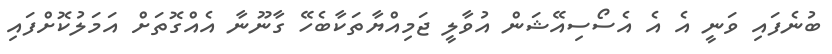
ބުނެފައި ވަނީ އެ އެ އެސޯސިއޭޝަން އުވާލީ ޖަމިއްޔާތަކާބެހޭ ގާނޫނާ އެއްގޮތަށް އަމަލުކޮށްފައި